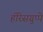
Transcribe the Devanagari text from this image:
हीरेसग्रुप्पे